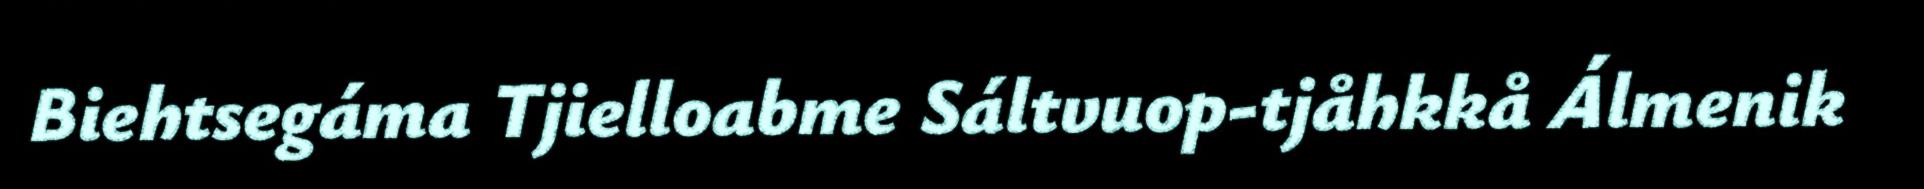
Biehtsegáma Tjielloabme Sáltvuop-tjåhkkå Álmenik